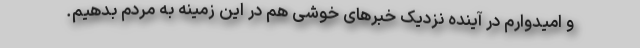
و امیدوارم در آینده نزدیک خبرهای خوشی هم در این زمینه به مردم بدهیم.